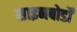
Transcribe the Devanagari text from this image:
साइनबोर्डों